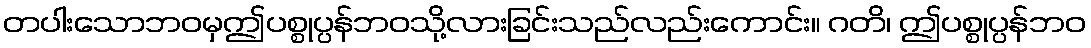
တပါးသောဘဝမှဤပစ္စုပ္ပန်ဘဝသို့လားခြင်းသည်လည်းကောင်း။ ဂတိ၊ ဤပစ္စုပ္ပန်ဘဝ